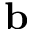
\mathbf { b }